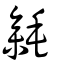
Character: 毿